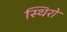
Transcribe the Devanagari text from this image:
स्थिरो